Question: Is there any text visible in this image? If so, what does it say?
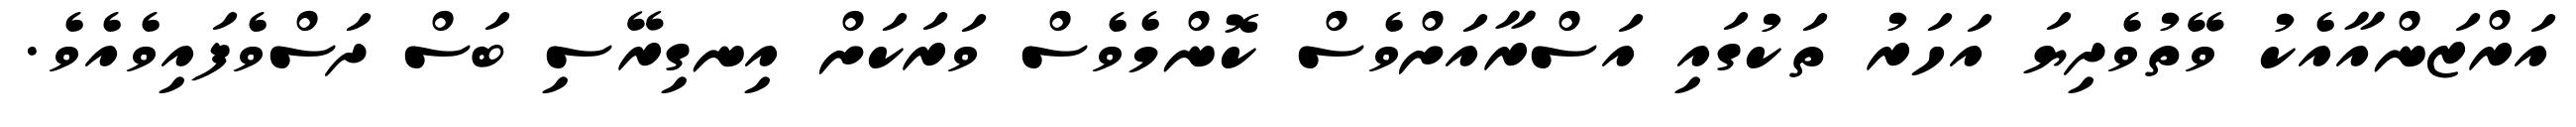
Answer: އަރްޒަންއާއެކު ވޭތުވެދިޔަ އަހަރު ތަކުގައި އަސްރާއަށްވެސް ކޮންމެވެސް ވަރަކަށް އިނގިރޭސި ބަސް ދަސްވެފައިވެއެވެ.